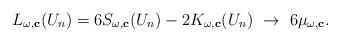
LaTeX: \begin{align*}L_{\omega,\mathbf{c}}(U_n)=6S_{\omega,\mathbf{c}}(U_n)-2K_{\omega,\mathbf{c}}(U_n)\ \rightarrow\ 6\mu_{\omega,\mathbf{c}}. \end{align*}